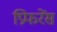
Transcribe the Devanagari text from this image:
प्रिफरेंस